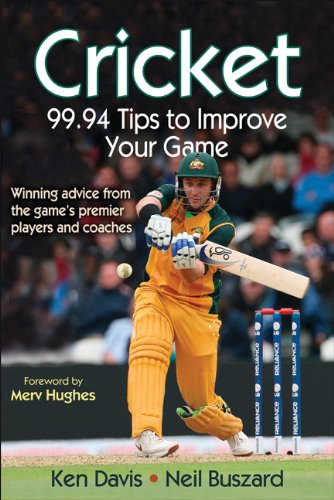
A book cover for Cricket: 99.94 Tips to Improve Your Game; Ken Davis; Sports & Outdoors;